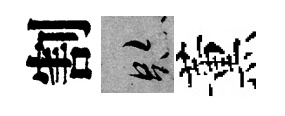
割跡薰